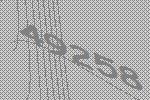
49258